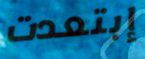
إبتعدت